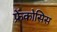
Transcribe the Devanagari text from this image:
फ्रेंकोसिस